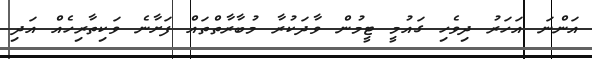
އަންނަ އަހަރު ދިވެހި ގައުމީ ޓީމުން ވާދަކުރާ މުބާރާތްތައް ފަށާނެ ވަކިތާރިހެއް އަދި